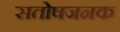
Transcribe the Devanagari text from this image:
सतोषजनक